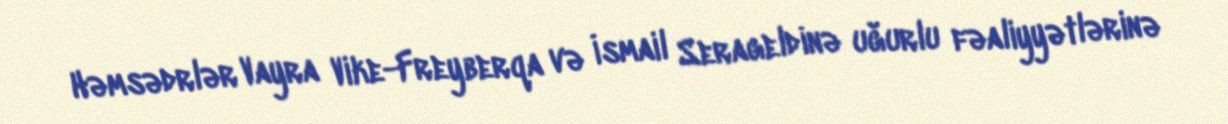
Həmsədrlər Vayra Vike-Freyberqa və İsmail Serageldinə uğurlu fəaliyyətlərinə